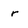
Character: r